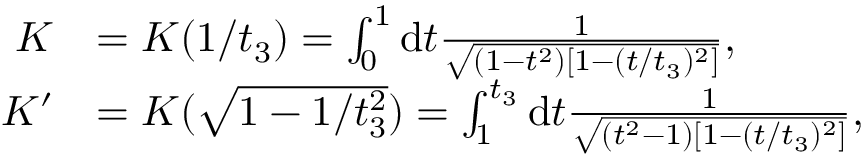
\begin{array} { r l } { K } & { = K ( 1 / t _ { 3 } ) = \int _ { 0 } ^ { 1 } \mathrm { d } t \frac { 1 } { \sqrt { ( 1 - t ^ { 2 } ) [ 1 - ( t / t _ { 3 } ) ^ { 2 } ] } } , } \\ { K ^ { \prime } } & { = K ( \sqrt { 1 - 1 / t _ { 3 } ^ { 2 } } ) = \int _ { 1 } ^ { t _ { 3 } } \mathrm { d } t \frac { 1 } { \sqrt { ( t ^ { 2 } - 1 ) [ 1 - ( t / t _ { 3 } ) ^ { 2 } ] } } , } \end{array}